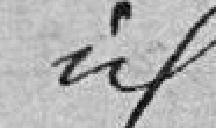
idem